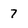
Character: 7